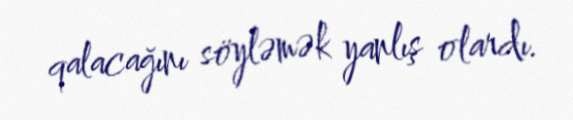
qalacağını söyləmək yanlış olardı.